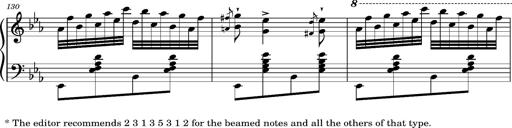
Title: Magyar rapszÃ³diÃ¡k
Composer: Franz Liszt